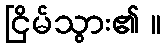
ငြိမ်သွား၏ ။